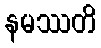
နမဿတိ